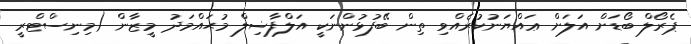
ޕެރޯލް ބޯޑަށް އަލަށް ޢައްޔަނުކުރެއްވި ތިން ބޭފުޅުންނަކީ އަލްފާޟިލް މުޙައްމަދު މީޒާން (މިނިސްޓްރީ